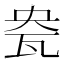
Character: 㼜